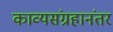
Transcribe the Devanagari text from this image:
काव्यसंग्रहानंतर